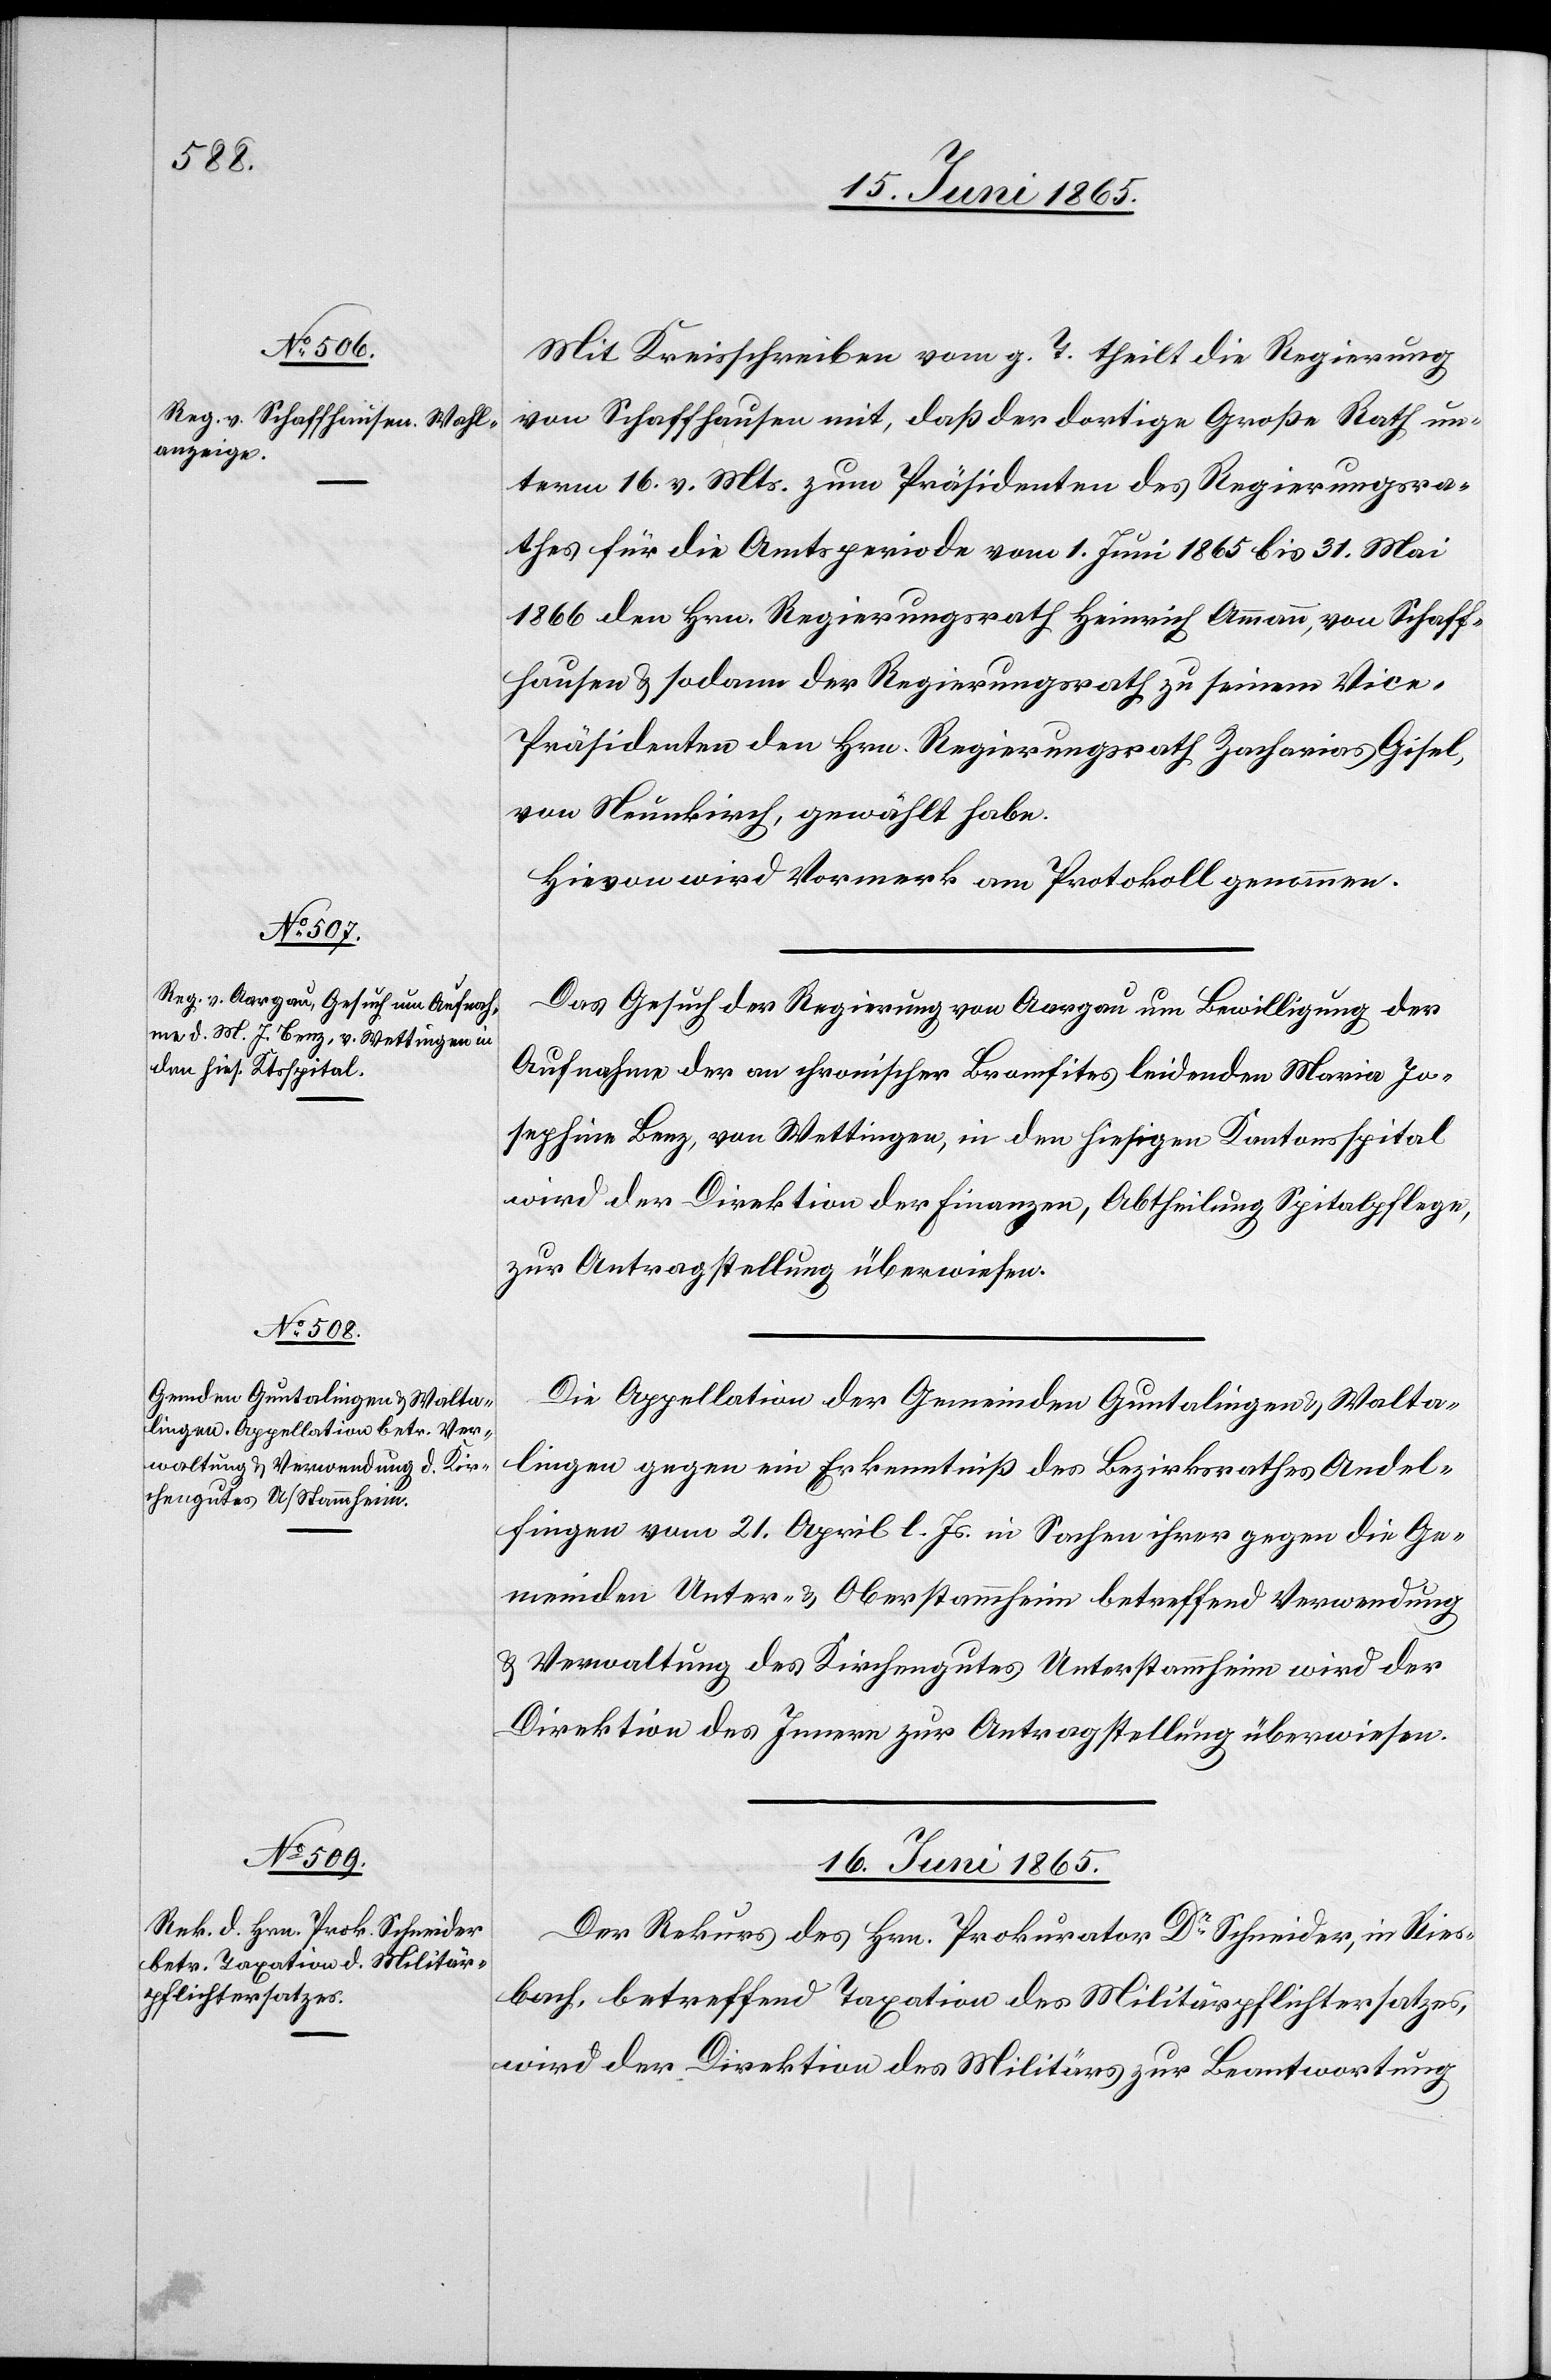
15. Juni 1865.]
Mit Kreisschreiben vom g. T. theilt die Regierung
von Schaffhausen mit, daß der dortigen Große Rath un¬
term 16. v. Mts. zum Präsidenten des Regierungsra¬
thes für die Amtsperiode vom 1. Juni 1865 bis 31. Mai
1866 den Hrn. Regierungsrath Heinrich Ammann, von Schaff¬
hausen & sodann der Regierungsrath zu seinem Vice-P¬
räsidenten den Hrn. Regierungsrath Zacharias Gisel,
von Neunkirch, gewählt habe.
Hievon wird Vormerk am Protokoll genommen.
Das Gesuch der Regierung von Aargau um Bewilligung der
Aufnahme der an chronischer Bromfites [?recte: Bronchites]
Josephine Benz, von Wettingen, in den hiesigen Kantonsspital
wird der Direktion der Finanzen, Abtheilung Spitalpflege,
zur Antragstellung überwiesen.
Die Appellation der Gemeinden Guntalingen & Walta¬
lingen gegen ein Erkenntniß des Bezirksrathes Andel¬
fingen vom 21. April l. Js. in Sachen ihrer gegen die Ge¬
meinden Unter- & Oberstammheim betreffend Verwendung
& Verwaltung des Kirchengutes Unterstammheim wird der
Direktion des Innern zur Antragstellung überwiesen.
16. Juni 1865.
Der Rekurs des Hrn. Prokurator Dr Schneider, in Ries¬
bach, betreffend Taxation des Militärpflichtersatzes,
wird der Direktion des Militärs zur Beantwortung